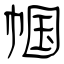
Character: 帼